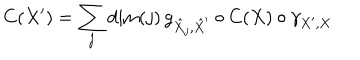
C ( X ^ { \prime } ) = \sum _ { j } \mathrm { d i m } ( j ) \, g _ { \hat { X } _ { j } , \hat { X } ^ { \prime } } \circ C ( X ) \circ \gamma _ { X ^ { \prime } , X }